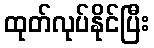
ထုတ်လုပ်နိုင်ပြီး